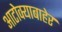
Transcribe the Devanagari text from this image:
आटोक्याबाहेर